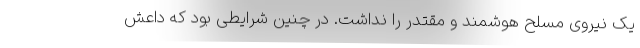
یک نیروی مسلح هوشمند و مقتدر را نداشت. در چنین شرایطی بود که داعش